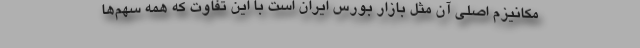
مکانیزم اصلی آن مثل بازار بورس ایران است با این تفاوت که همه سهم‌ها